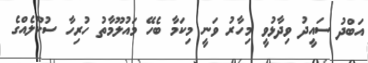
އަބްދު ސައީދު ވިދާޅުވީ މިހާރު ވަނީ މިކަމާ ބެހޭ މައުލޫމާތު ހުރިހާ ސުކޫލެއްގެ